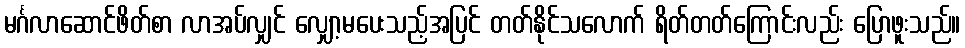
မင်္ဂလာဆောင်ဖိတ်စာ လာအပ်လျှင် လျှော့မပေးသည့်အပြင် တတ်နိုင်သလောက် ရိတ်တတ်ကြောင်းလည်း ပြောဖူးသည်။